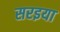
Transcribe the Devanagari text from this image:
सरइया